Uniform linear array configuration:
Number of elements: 64
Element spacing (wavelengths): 0.5
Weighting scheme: exponential
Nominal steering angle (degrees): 60
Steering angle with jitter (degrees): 59.009
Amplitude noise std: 0.05
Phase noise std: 0.05

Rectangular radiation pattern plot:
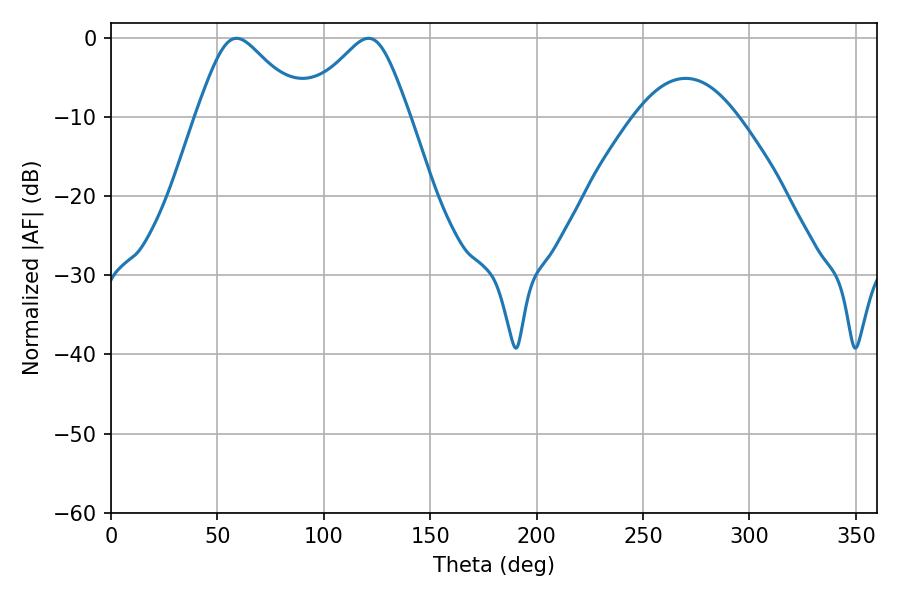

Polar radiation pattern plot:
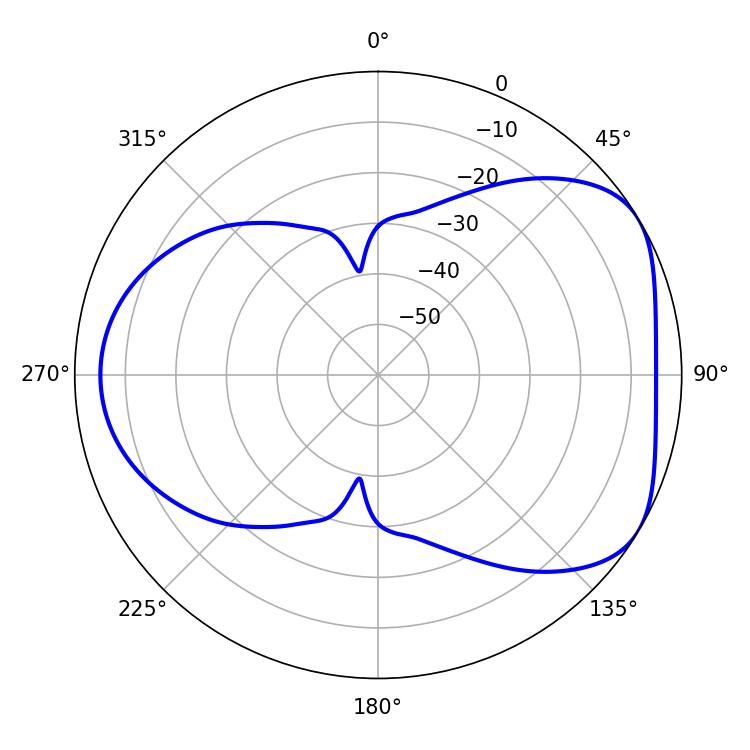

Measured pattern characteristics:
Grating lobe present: FALSE
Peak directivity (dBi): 4.894
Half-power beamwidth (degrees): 24.48
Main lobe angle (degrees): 59.04